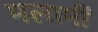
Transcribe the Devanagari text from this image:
मलार्मी